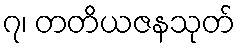
၇၊ တတိယဇနသုတ်